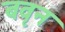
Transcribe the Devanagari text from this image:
बवृन